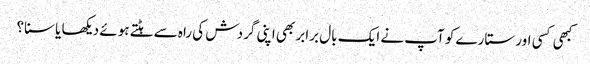
کبھی کسی اور ستارے کو آپ نے ایک بال برابر بھی اپنی گردش کی راہ سے ہٹتے ہوئے دیکھا یا سنا؟